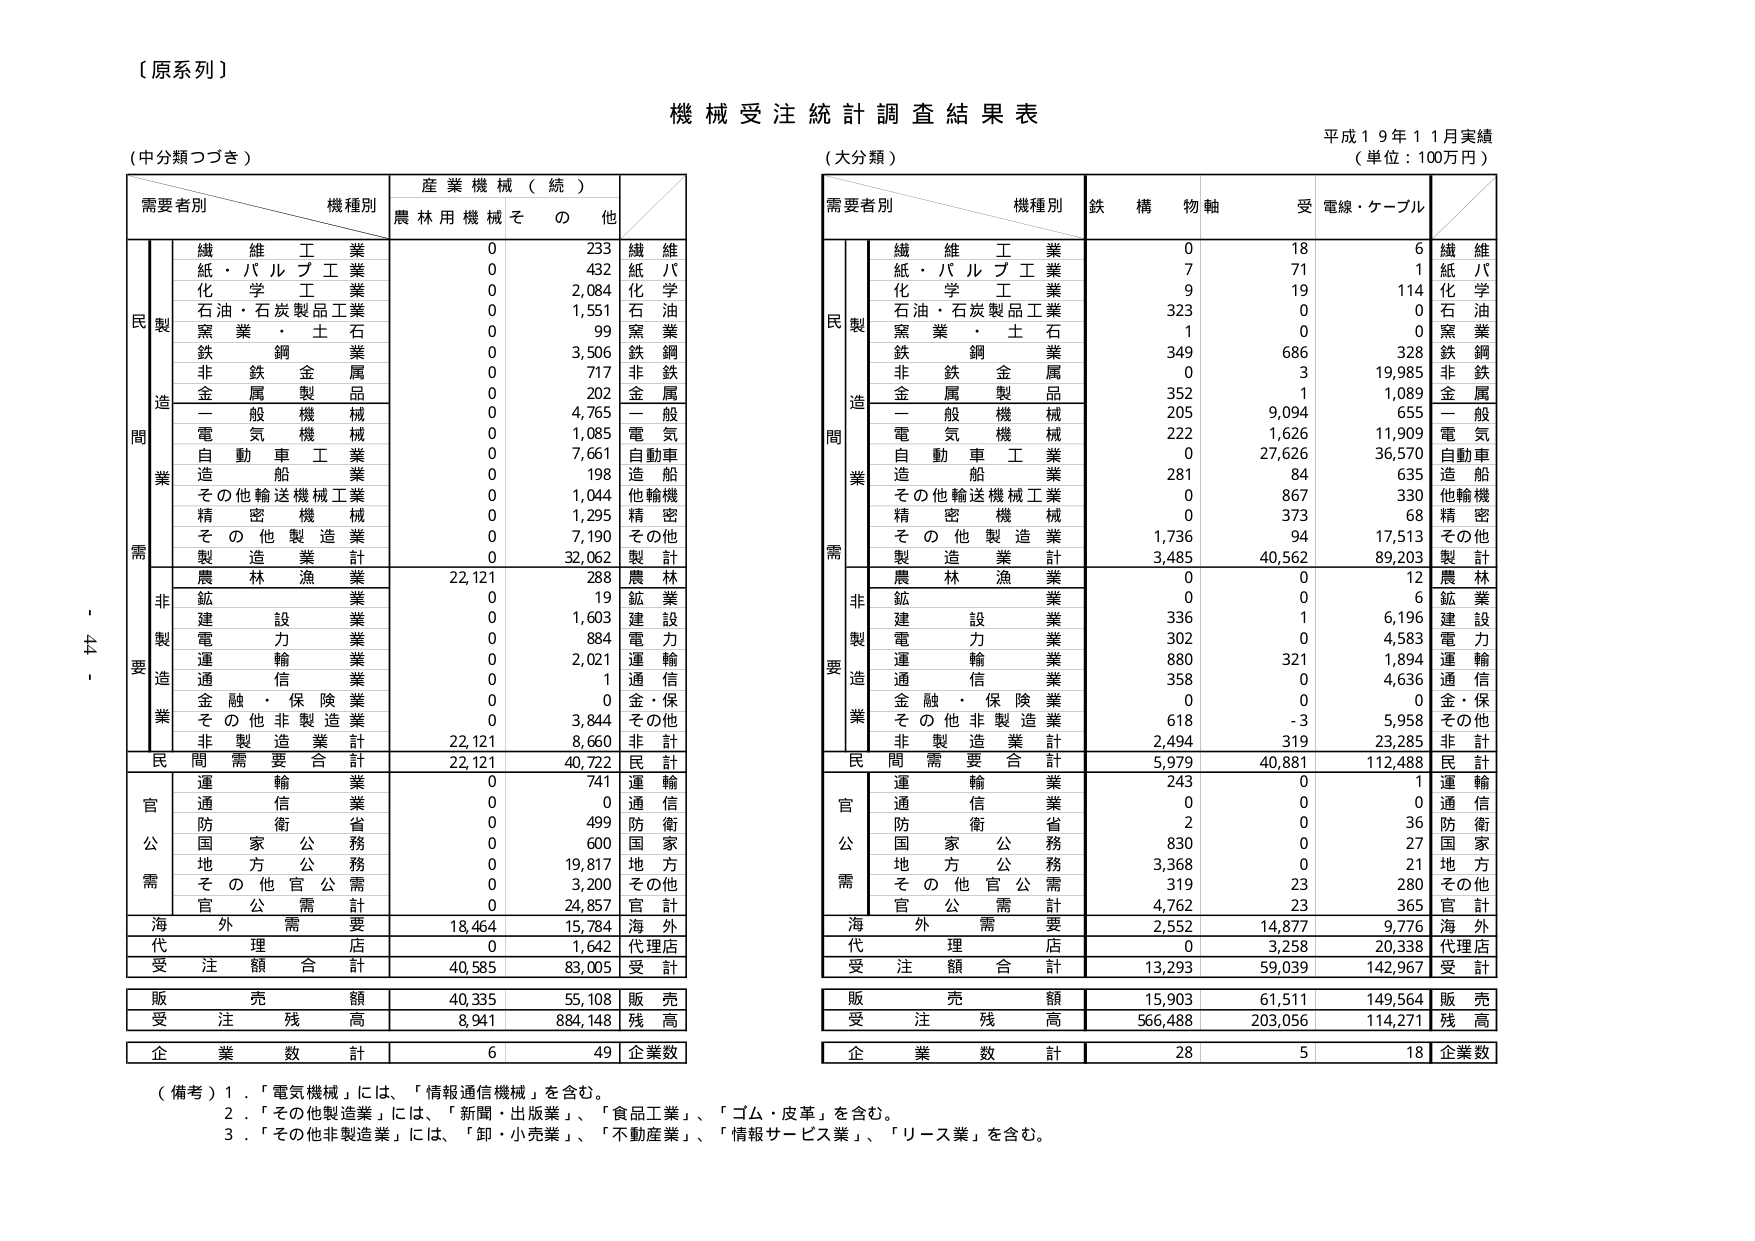
〔原系列〕

機械受注統計調査結果表

平成１９年１１月実績
（単位：100万円）

（中分類つづき）

需要者別　　機種別　　産業機械（続）　　農林用機械　　その他